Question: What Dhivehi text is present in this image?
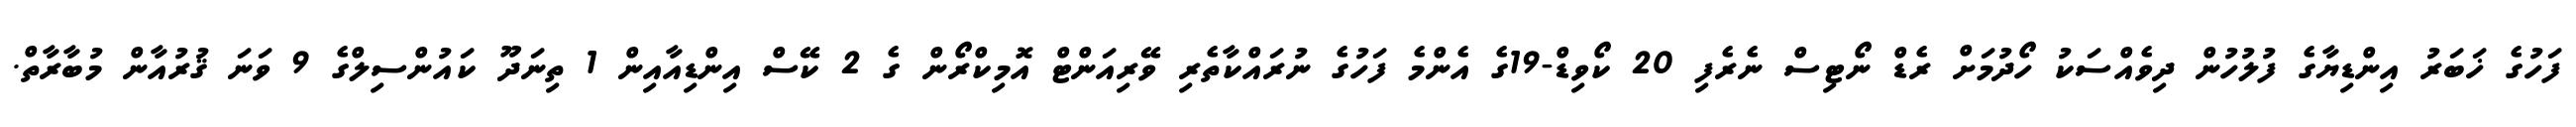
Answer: ފަހުގެ ޚަބަރު އިންޑިޔާގެ ފުލުހުން ދިވެއްސަކު ހޯދުމަށް ރެޑް ނޯޓިސް ނެރެފި 20 ކޯވިޑް-19ގެ އެންމެ ފަހުގެ ނުރައްކާތެރި ވޭރިއަންޓް އޮމިކްރޯން ގެ 2 ކޭސް އިންޑިއާއިން 1 ތިނަދޫ ކައުންސިލްގެ 9 ވަނަ ޤުރުއާން މުބާރާތް.